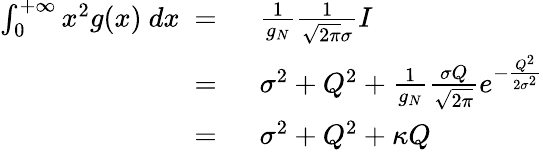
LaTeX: \begin{array}{rl}{\int_{0}^{+\infty}x^{2}g(x)\ dx\ =\ }&{{}\frac{1}{g_{N}}\frac{1}{\sqrt{2\pi}\sigma}I\ }\\ {\ =\ }&{{}\sigma^{2}+Q^{2}+\frac{1}{g_{N}}\frac{\sigma Q}{\sqrt{2\pi}}e^{-\frac{Q^{2}}{2\sigma^{2}}}}\\ {\ =\ }&{{}\sigma^{2}+Q^{2}+\kappa Q}\end{array}